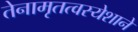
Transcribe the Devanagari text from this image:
तेनामृतत्वस्येशाने